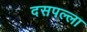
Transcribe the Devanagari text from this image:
दसपल्ला